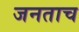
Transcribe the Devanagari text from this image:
जनताच